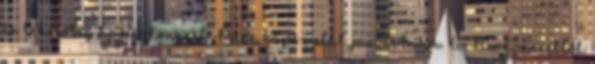
és lehetőleg a BioConnect Pure kapszulát javasolnám. A BioConnectből